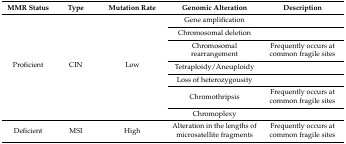
| MMR Status | Type | Mutation Rate | Genomic Alteration | Description |
 | --- | --- | --- | --- | --- |
 | <ROWSPAN=7> Proficient | <ROWSPAN=7> CIN | <ROWSPAN=7> Low | Gene amplification |  |
 | Chromosomal deletion |  |
 | Chromosomal rearrangement | Frequently occurs at common fragile sites |
 | Tetraploidy/Aneuploidy |  |
 | Loss of heterozygousity |  |
 | Chromothripsis | Frequently occurs at common fragile sites |
 | Chromoplexy |  |
 | Deficient | MSI | High | Alteration in the lengths of microsatellite fragments | Frequently occurs at common fragile sites |